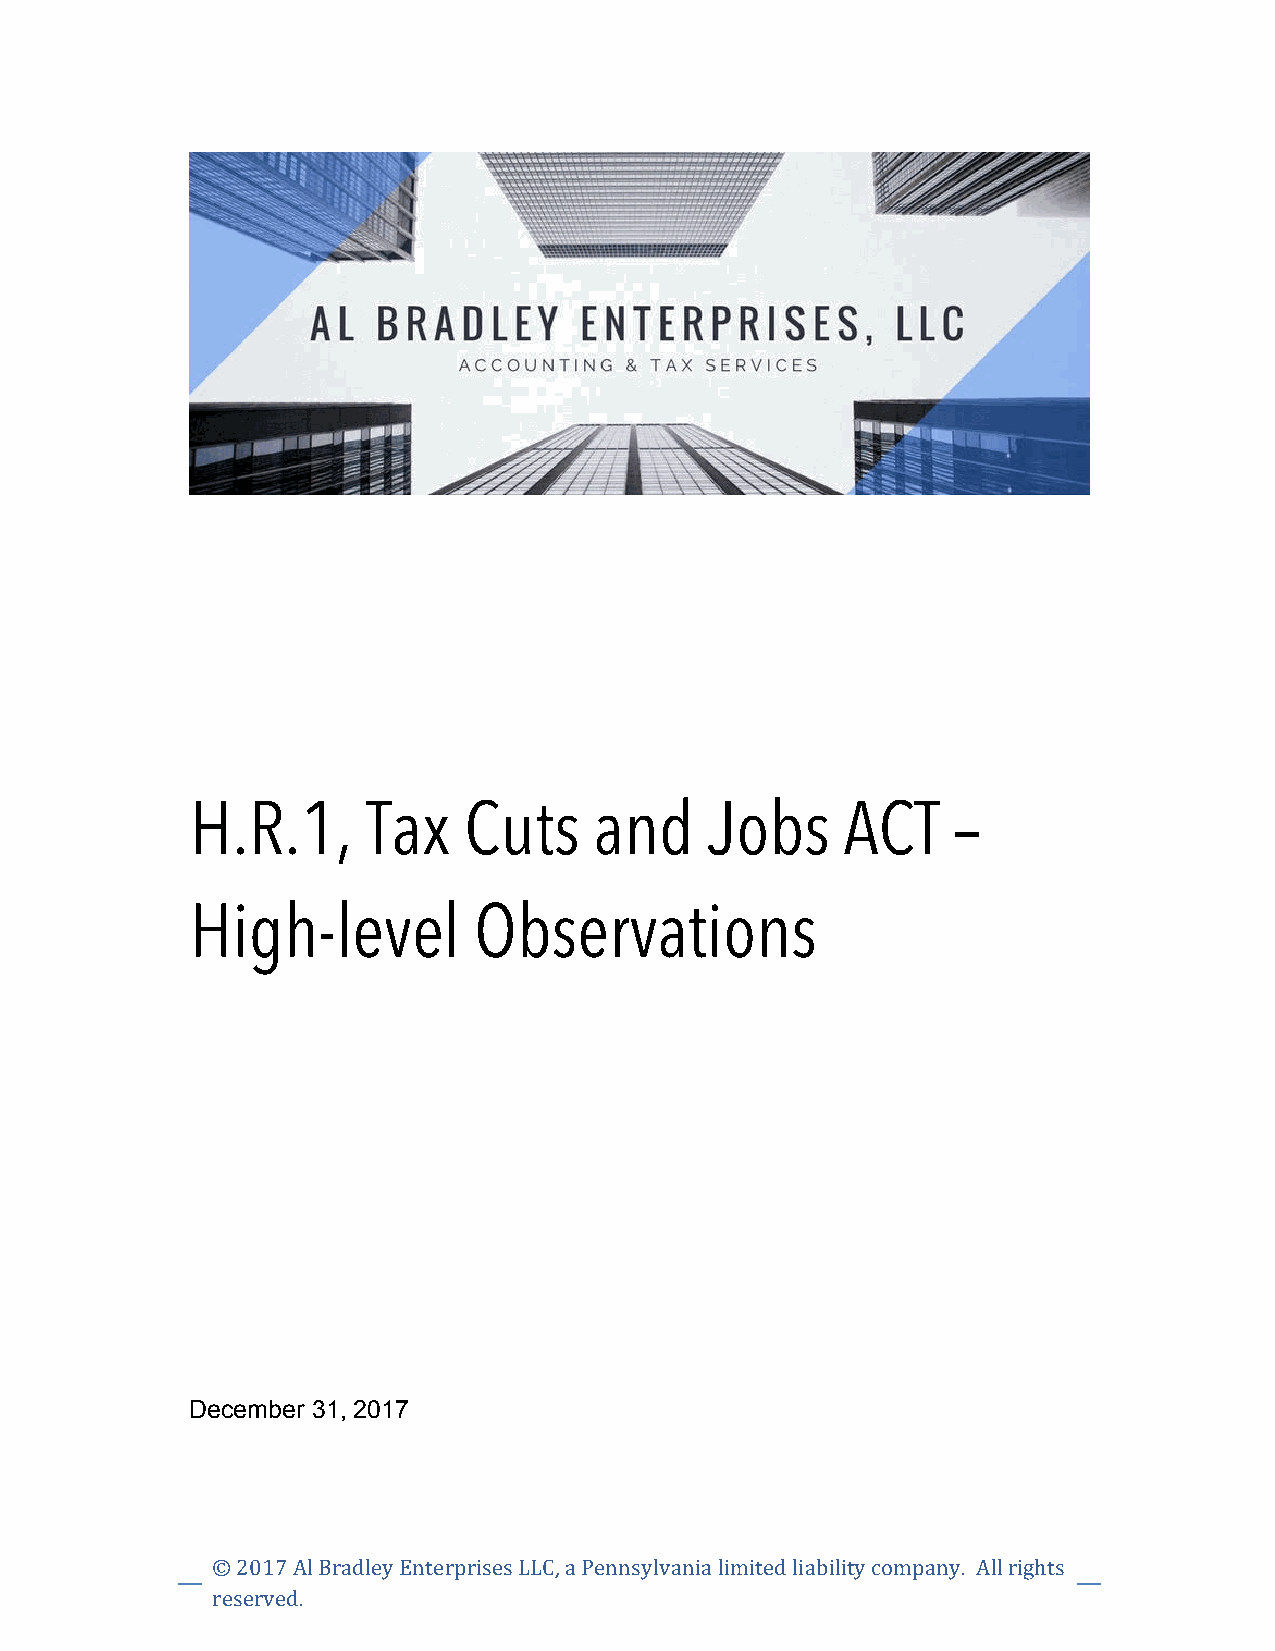
H.R.1,     Tax    Cuts    and     Jobs     ACT    –
 High-level        Observations
 December 31, 2017
 © 2017 Al Bradley Enterprises LLC, a Pennsylvania limited liability company. All rights
 reserved.